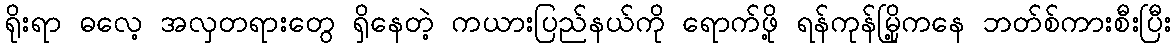
ရိုးရာ ဓလေ့ အလှတရားတွေ ရှိနေတဲ့ ကယားပြည်နယ်ကို ရောက်ဖို့ ရန်ကုန်မြို့ကနေ ဘတ်စ်ကားစီးပြီး